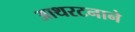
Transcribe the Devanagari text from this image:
आथरटनाने